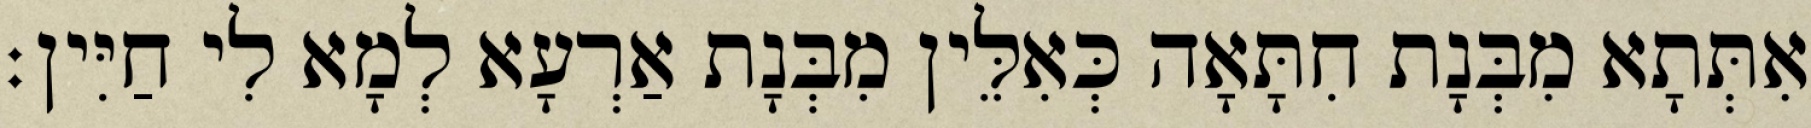
אִתְּתָא מִבְּנָת חִתָּאָה כְּאִלֵּין מִבְּנָת אַרְעָא לְמָא לִי חַיִּין׃